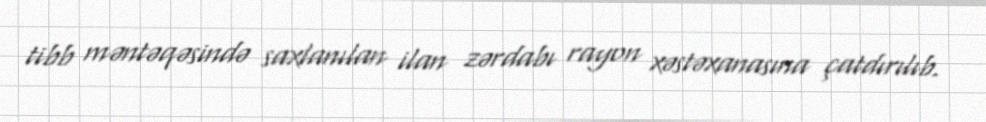
tibb məntəqəsində saxlanılan ilan zərdabı rayon xəstəxanasına çatdırılıb.